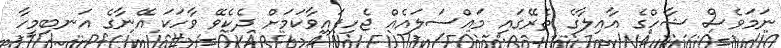
ނަމަވެސް ޝާހްގެ އާއިލާގެ ތެރޭގައި މައްސަލައެއް ޖެހިފައިވާކަމަށް ދެކެވޭ ވާހަކަ އޭނާގެ އަނބިމީހާ